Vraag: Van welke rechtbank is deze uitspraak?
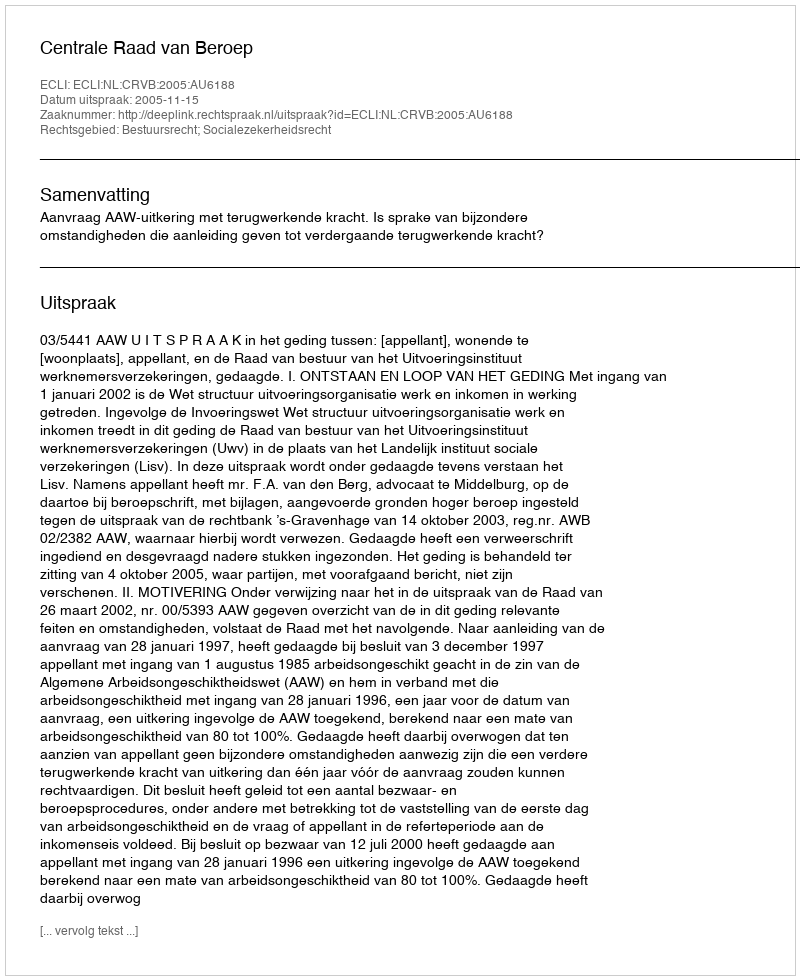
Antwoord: Centrale Raad van Beroep